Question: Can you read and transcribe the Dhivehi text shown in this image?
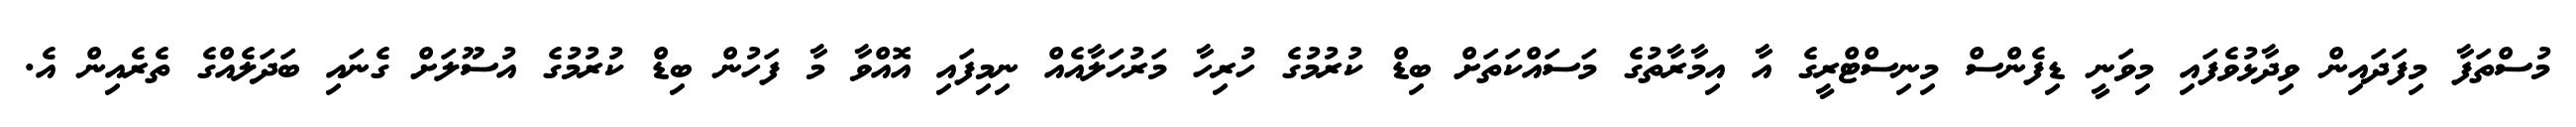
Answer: މުސްތަފާ މިފަދައިން ވިދާޅުވެފައި މިވަނީ ޑިފެންސް މިނިސްޓްރީގެ އާ އިމާރާތުގެ މަސައްކަތަށް ބިޑް ކުރުމުގެ ހުރިހާ މަރުހަލާއެއް ނިމިފައި އޮއްވާ މާ ފަހުން ބިޑް ކުރުމުގެ އުސޫލަށް ގެނައި ބަދަލެއްގެ ތެރެއިން އެ.